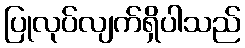
ပြုလုပ်လျက်ရှိပါသည်